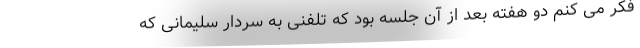
فکر می کنم دو هفته بعد از آن جلسه بود که تلفنی به سردار سلیمانی که